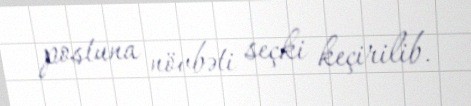
postuna növbəti seçki keçirilib.